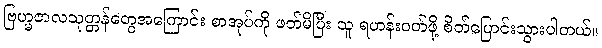
ဗြဟ္မဇာလသုတ္တန်တွေအကြောင်း စာအုပ်ကို ဖတ်မိပြီး သူ ရဟန်းဝတ်ဖို့ စိတ်ပြောင်းသွားပါတယ်။